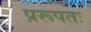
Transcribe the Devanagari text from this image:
प्ररूपतः